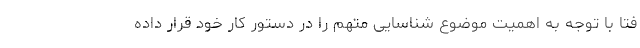
فتا با توجه به اهمیت موضوع شناسایی متهم را در دستور کار خود قرار داده